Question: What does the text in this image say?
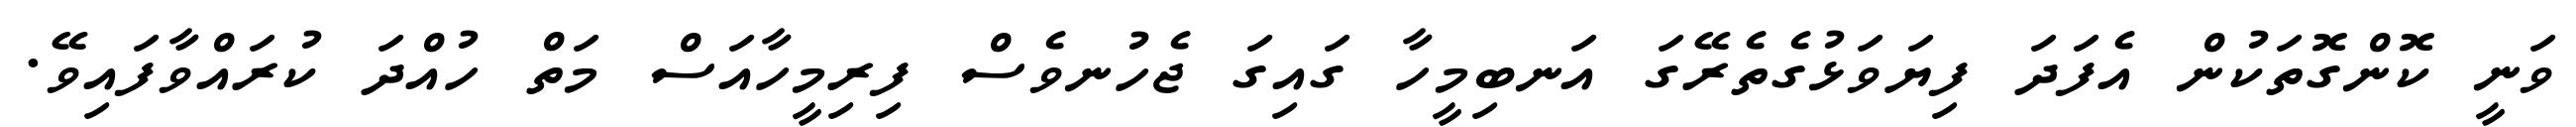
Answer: ވަނީ ކޮންގޮތަކުން އެފަދަ ފިޔަވަޅުގެތެރޭގަ އަނބިމީހާ ގައިގަ ޖެހުނވެސް ފިރިމީހާއަސް މަތް ހުއްދަ ކުރައްވާފައިވޭ.